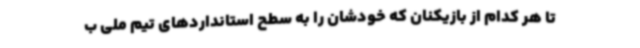
تا هر کدام از بازیکنان که خودشان را به سطح استانداردهای تیم ملی ب